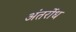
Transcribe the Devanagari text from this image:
अंतर्रोध